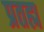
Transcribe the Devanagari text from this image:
प्रतह्म